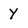
Character: Y